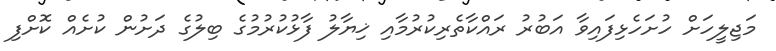
މަޖިލީހަށް ހުށަހެޅިފައިވާ އަބުރު ރައްކާތެރިކުރުމާއި ޚިޔާލު ފާޅުކުރުމުގެ ބިލުގެ ދަށުން ކުށެއް ކޮށްފި